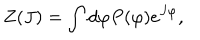
LaTeX: Z ( J ) = \int d \varphi P ( \varphi ) e ^ { J \varphi } ,